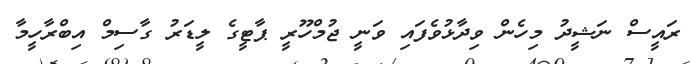
ރައީސް ނަޝީދު މިހެން ވިދާޅުވެފައި ވަނީ ޖުމްހޫރީ ޕާޓީގެ ލީޑަރު ގާސިމް އިބްރާހީމާ